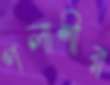
পলাশীর